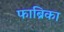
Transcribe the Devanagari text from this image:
फाब्रिका